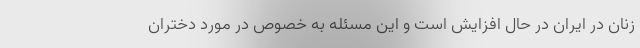
زنان در ایران در حال افزایش است و این مسئله به خصوص در مورد دختران